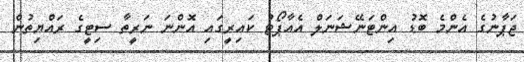
ޖަޕާނުގެ އެންމެ ބޮޑު އިންޓަނޭޝަނަލް އެއާޕޯޓު ކައިރީގައި އޮންނަ ނަރީތާ ސިޓީގެ ރައްޔިތުން